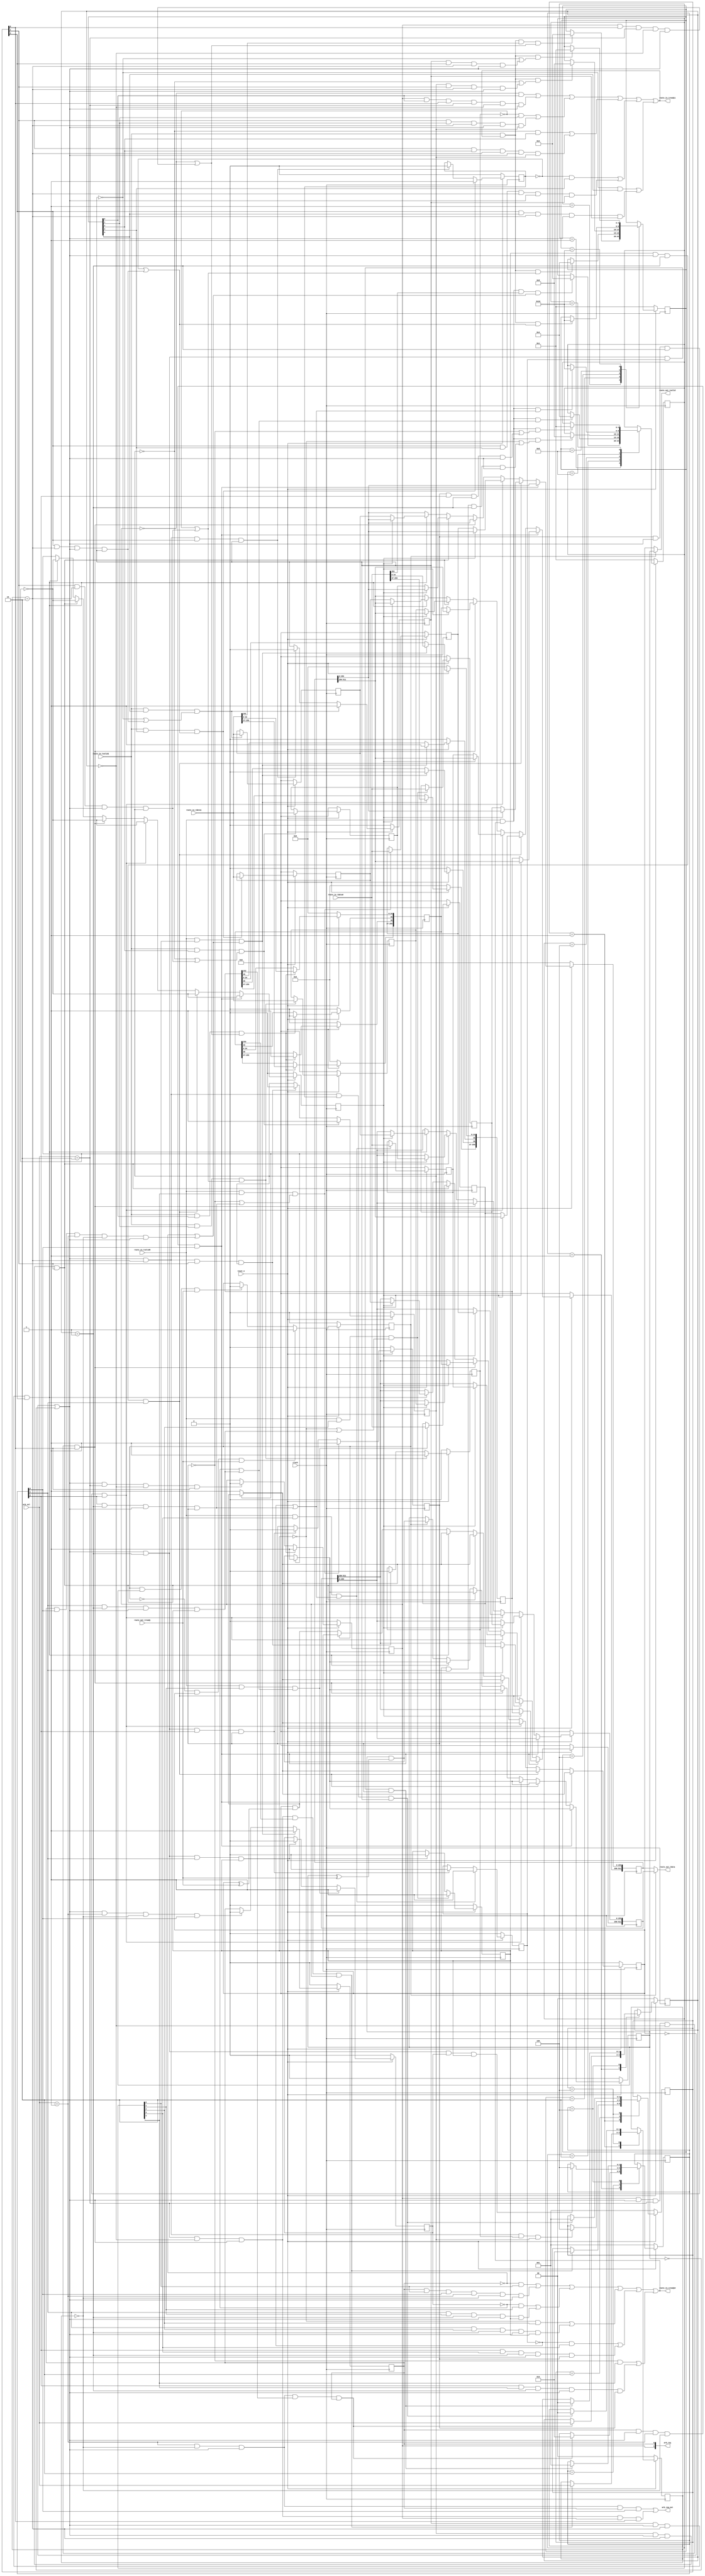
// This program was cloned from: https://github.com/OpenCAPI/ThymesisFlow
// License: Apache License 2.0

// *!***************************************************************************
// *! Copyright 2019 International Business Machines
// *!
// *! Licensed under the Apache License, Version 2.0 (the "License");
// *! you may not use this file except in compliance with the License.
// *! You may obtain a copy of the License at
// *! http://www.apache.org/licenses/LICENSE-2.0 
// *!
// *! The patent license granted to you in Section 3 of the License, as applied
// *! to the "Work," hereby includes implementations of the Work in physical form.  
// *!
// *! Unless required by applicable law or agreed to in writing, the reference design
// *! distributed under the License is distributed on an "AS IS" BASIS,
// *! WITHOUT WARRANTIES OR CONDITIONS OF ANY KIND, either express or implied.
// *! See the License for the specific language governing permissions and
// *! limitations under the License.
// *! 
// *! The background Specification upon which this is based is managed by and available from
// *! the OpenCAPI Consortium.  More information can be found at https://opencapi.org. 
// *!***************************************************************************
// Module designer: Dimitris Syrivelis
// Backup: Christian Pinto, Michele Gazzetti

`timescale 1ns / 10ps
// ==============================================================================================================================
// @@@  Module Declaration
// ==============================================================================================================================

module thymesisflow_32B_64B_routing_memory_ingress (

    input              clock                   // Clock - samples & launches data on rising edge
  , input              reset_n                //  Active Low

  // fifo_in AXI-STREAM 
  , input  [255:0]     route_in_tdata0   
  , input              route_in_tvalid0        
  , output             route_in_tready0

  // fifo_in AXI-STREAM
  , input  [255:0]     route_in_tdata1
  , input              route_in_tvalid1    
  , output             route_in_tready1

  // fifo_out Interface
  , output  [511:0]     route_out_tdata
  , output              route_out_tvalid
  , input               route_out_tready
 
  // Round robin arbiter interface
  , output    [1:0]     arb_req
  , output              arb_req_nxt
  , input     [1:0]     arb_sel                       
 
);


`define OCX_FLIT_NETID        40:35
`define OCX_FLIT_RESP_CREDS   34:27 //RET CREDS piggybacked to RESP flit

// first stage registers
reg [255:0] cmdflit0_q;
reg         cmdflit0_vld;

reg [255:0] dataflit00h_q;
reg         dataflit00h_vld;

reg [255:0] dataflit00l_q;
reg         dataflit00l_vld;

reg [255:0] dataflit01h_q;
reg         dataflit01h_vld;

reg [255:0] dataflit01l_q;
reg         dataflit01l_vld;

reg [255:0] cmdflit1_q;
reg         cmdflit1_vld;

reg [255:0] dataflit10h_q;
reg         dataflit10h_vld;

reg [255:0] dataflit10l_q;
reg         dataflit10l_vld;

reg [255:0] dataflit11h_q;
reg         dataflit11h_vld;

reg [255:0] dataflit11l_q;
reg         dataflit11l_vld;

//Second stage output  registers (ping pong buffer) 
reg [511:0] outdata_ping;
reg         outdata_ping_vld;

reg [511:0] outdata_pong;
reg         outdata_pong_vld;

reg         ping_pong_w; //write ping pong buffer turn
reg         ping_pong_r; //read ping pong buffer turn

wire ping_pong_ready;


parameter PORT0 = 2'b01;
parameter PORT1 = 2'b10;

//first stage state machines
parameter PORT_CMD      = 5'b00001;
parameter PORT_DATA0_H  = 5'b00010;
parameter PORT_DATA0_L  = 5'b00100;
parameter PORT_DATA1_H  = 5'b01000;
parameter PORT_DATA1_L  = 5'b10000;

reg [4:0] portin0_sm;
reg [4:0] portin1_sm;


//second stage (output) opecapi protocol state machines
wire   is_writecmd0_in;
assign is_writecmd0_in = route_in_tdata0[253];

wire   is_writecmd1_in;
assign is_writecmd1_in = route_in_tdata1[253];

reg [2:0] port0_sm;
reg [2:0] port1_sm;

parameter CMD       = 3'b001;
parameter DFLIT0    = 3'b010;
parameter DFLIT1    = 3'b100;

//output port handling
wire [1:0]  outportid_cmd;
reg  [1:0]  outportid_data0;
reg  [1:0]  outportid_data1;


//Ready signals below 
assign route_in_tready0 =  (   ((cmdflit0_vld == 1'b0) && (portin0_sm[0] == 1'b1)) || //Either destination is empty OR 2nd stage is pushing out previous entry in this cycle.
                               ((cmdflit0_vld == 1'b1) && (portin0_sm[0] == 1'b1) && (port0_sm[0] == 1'b1) && (outportid_cmd == PORT0) && (outportid_data1 == 2'b00) && (ping_pong_ready == 1'b1))
                           )
                             ||
                           (   ((dataflit00h_vld == 1'b0) && (portin0_sm[1] == 1'b1))|| //Either we have place for it OR we are pushing out previous entry in this cycle.
                               ((port0_sm[1] == 1'b1) && (portin0_sm[1] == 1'b1) && (outportid_data0 == PORT0) && (ping_pong_ready == 1'b1) && (dataflit00l_vld == 1'b1))
                           )
                             ||
                           (   ((dataflit00l_vld == 1'b0) && (portin0_sm[2] == 1'b1)) || //Either we have place for it OR we are pushing out previous entry in this cycle.
                               ((port0_sm[1] == 1'b1) && (portin0_sm[2] == 1'b1) && (outportid_data0 == PORT0) && (ping_pong_ready == 1'b1) && (dataflit00l_vld == 1'b1))
                           )
                             ||
                           (   ((dataflit01h_vld == 1'b0) && (portin0_sm[3] == 1'b1)) || //Either we have place for it OR we are pushing out previous entry in this cycle.
                               ((port0_sm[2] == 1'b1) && (portin0_sm[3] == 1'b1) && (outportid_data0 == PORT0) && (ping_pong_ready == 1'b1) && (dataflit01l_vld == 1'b1))
                           )
                             ||
                           (   ((dataflit01l_vld == 1'b0) && (portin0_sm[4] == 1'b1))  || //Either we have place for it OR we are pushing out previous entry in this cycle.
                               ((port0_sm[2] == 1'b1) && (portin0_sm[4] == 1'b1) && (outportid_data0 == PORT0) && (ping_pong_ready == 1'b1) && (dataflit01l_vld == 1'b1))
                           );
                           
 
assign route_in_tready1 =  (   ((cmdflit1_vld == 1'b0) && (portin1_sm[0] == 1'b1)) || //Either destination is empty OR 2nd stage is pushing out previous entry in this cycle
                               ((cmdflit1_vld == 1'b1)  && (portin1_sm[0] == 1'b1) && (port1_sm[0] == 1'b1) && (outportid_cmd == PORT1) && (outportid_data0 == 2'b00) && (ping_pong_ready == 1'b1))
                           )
                             ||
                           (   ((dataflit10h_vld == 1'b0) && (portin1_sm[1] == 1'b1)) || //Either we have place for it OR we are pushing out previous entry in this cycle.
                               ((port1_sm[1] == 1'b1) && (portin1_sm[1] == 1'b1) && (outportid_data1 == PORT1) && (ping_pong_ready == 1'b1) && (dataflit10l_vld == 1'b1))
                           )
                             ||
                           (   ((dataflit10l_vld == 1'b0) && (portin1_sm[2] == 1'b1)) || //Either we have place for it OR we are pushing out previous entry in this cycle.
                               ((port1_sm[1] == 1'b1) && (portin1_sm[2] == 1'b1) && (outportid_data1 == PORT1) && (ping_pong_ready == 1'b1) && (dataflit10l_vld == 1'b1))
                           )
                             ||
                           (   ((dataflit11h_vld == 1'b0) && (portin1_sm[3] == 1'b1)) || //Either we have place for it OR we are pushing out previous entry in this cycle.
                               ((port1_sm[2] == 1'b1) && (portin1_sm[3] == 1'b1) && (outportid_data1 == PORT1) && (ping_pong_ready == 1'b1) && (dataflit11l_vld == 1'b1))
                           )
                             ||
                           (   ((dataflit11l_vld == 1'b0) && (portin1_sm[4] == 1'b1)) || //Either we have place for it OR we are pushing out previous entry in this cycle.
                               ((port1_sm[2] == 1'b1) && (portin1_sm[4] == 1'b1) && (outportid_data1 == PORT1) && (ping_pong_ready == 1'b1) && (dataflit11l_vld == 1'b1))
                           );
                           
 
//OpenCAPI protocol State machine for port0 input. 
always @(posedge(clock))
begin
   if (reset_n == 1'b0)
    begin
      portin0_sm        <= PORT_CMD;
    end
   else
    case (portin0_sm)
       PORT_CMD:
            begin
              if ((route_in_tvalid0 == 1'b1) && (route_in_tready0 == 1'b1) && 
                    (is_writecmd0_in == 1'b1) && //Data write transaction in
                    ( (cmdflit0_vld == 1'b0) || //Either we have place for it OR 2nd stage is pushing out previous entry in this cycle
                      ((cmdflit0_vld == 1'b1) && (port0_sm[0] == 1'b1) && (outportid_cmd == PORT0) && (outportid_data1 == 2'b00) && (ping_pong_ready == 1'b1)) 
                    )
                 )
                 begin
                   portin0_sm      <= PORT_DATA0_H;
                 end
            end
        PORT_DATA0_H:
            begin
              if ((route_in_tvalid0 == 1'b1) && (route_in_tready0 == 1'b1) && 
                    ( (dataflit00h_vld == 1'b0) || //Either we have place for it OR we are pushing out previous entry in this cycle.
                      ((port0_sm[1] == 1'b1) && (outportid_data0 == PORT0) && (ping_pong_ready == 1'b1) && (dataflit00l_vld == 1'b1))
                    )
                 )
                 begin        
                   portin0_sm  <= PORT_DATA0_L;
                 end
            end
        PORT_DATA0_L:
            begin
              if ((route_in_tvalid0 == 1'b1) && (route_in_tready0 == 1'b1) && 
                    ( (dataflit00l_vld == 1'b0) || //Either we have place for it OR we are pushing out previous entry in this cycle.
                      ((dataflit00l_vld == 1'b1) && (port0_sm[1] == 1'b1) && (outportid_data0 == PORT0) && (ping_pong_ready == 1'b1))              
                    )
                 )
                 begin        
                   portin0_sm  <= PORT_DATA1_H;
                 end
            end
        PORT_DATA1_H:
            begin
              if ((route_in_tvalid0 == 1'b1) && (route_in_tready0 == 1'b1) && 
                    ( (dataflit01h_vld == 1'b0) || //Either we have place for it OR we are pushing out previous entry in this cycle.
                      ((port0_sm[2] == 1'b1) && (outportid_data0 == PORT0) && (ping_pong_ready == 1'b1) && (dataflit01l_vld == 1'b1))
                    )
                 ) 
                 begin             
                   portin0_sm  <= PORT_DATA1_L;
                 end
            end
        PORT_DATA1_L:
            begin
              if ((route_in_tvalid0 == 1'b1) && (route_in_tready0 == 1'b1) && 
                    ( (dataflit01l_vld == 1'b0) || //Either we have place for it OR we are pushing out previous entry in this cycle.
                      ((dataflit01l_vld == 1'b1) && (port0_sm[2] == 1'b1) && (outportid_data0 == PORT0) && (ping_pong_ready == 1'b1))              
                    )
                 )
                 begin        
                   portin0_sm      <= PORT_CMD;
                 end 
            end
    endcase
end

//1st stage register loading
//load cmdflit0_q 
always @(posedge(clock)) 
begin
   if (reset_n == 1'b0)
     begin
       cmdflit0_q   <= 256'b0;
       cmdflit0_vld <= 1'b0;
     end
   else if ((route_in_tvalid0 == 1'b1) && (portin0_sm[0] == 1'b1) && 
        ((cmdflit0_vld == 1'b0) || //Either destination is empty OR 2nd stage is pushing out previous entry in this cycle
            ((cmdflit0_vld == 1'b1) && (port0_sm[0] == 1'b1) && (outportid_cmd == PORT0) && (outportid_data1 == 2'b00) && (ping_pong_ready == 1'b1))
        )
      )
    begin
        cmdflit0_q[255:37]           <= route_in_tdata0[255:37];
        //set the arriving interface as the command port [36:35]=01 - it will be used by the egress path for the response.  
        cmdflit0_q[36]               <= 1'b0;  
        cmdflit0_q[35]               <= 1'b1;
        cmdflit0_q[34:0]             <= route_in_tdata0[34:0];
        cmdflit0_vld                 <= 1'b1;
    end
   else if ((ping_pong_ready == 1'b1) && (outportid_cmd == PORT0) && (outportid_data1 == 2'b00) && (port0_sm[0] == 1'b1)) //the cmd is received
    begin
        cmdflit0_vld                 <= 1'b0; 
    end
end

//dataflit00h
always @(posedge(clock)) 
begin
   if (reset_n == 1'b0)
     begin
      dataflit00h_q   <= 256'b0;
      dataflit00h_vld <= 1'b0;
     end
  else  if ((route_in_tvalid0 == 1'b1)  && (portin0_sm[1] == 1'b1) &&
        ( (dataflit00h_vld == 1'b0) || //Either we have place for it OR we are pushing out previous entry in this cycle.
          (
             (port0_sm[1] == 1'b1) && (outportid_data0 == PORT0) && (ping_pong_ready == 1'b1) && (dataflit00l_vld == 1'b1)
          )
        )
       )
     begin
        dataflit00h_q   <= route_in_tdata0;
        dataflit00h_vld <= 1'b1;
     end
   else if ((ping_pong_ready == 1'b1) && (outportid_data0 == PORT0) && (port0_sm[1] == 1'b1) 
                                                              && (dataflit00l_vld == 1'b1)) //the flit is getting consumed in this cycle
     begin
        dataflit00h_vld <= 1'b0; 
     end
end

//dataflit00l
always @(posedge(clock)) 
begin
   if (reset_n == 1'b0)
     begin
      dataflit00l_q   <= 256'b0;
      dataflit00l_vld <= 1'b0;
     end
    else if ((route_in_tvalid0 == 1'b1) && (portin0_sm[2] == 1'b1) &&
        ( (dataflit00l_vld == 1'b0) || //Either we have place for it OR we are pushing out previous entry in this cycle.
          (
             (port0_sm[1] == 1'b1) && (outportid_data0 == PORT0) && (ping_pong_ready == 1'b1) && (dataflit00l_vld == 1'b1)
          )
        )
       )
     begin
        dataflit00l_q   <= route_in_tdata0;
        dataflit00l_vld <= 1'b1;
     end
   else if ((ping_pong_ready == 1'b1) && (outportid_data0 == PORT0) && (port0_sm[1] == 1'b1) 
                                                              && (dataflit00l_vld == 1'b1)) //the flit is getting consumed in this cycle
     begin
        dataflit00l_vld <= 1'b0; 
     end
end

//dataflit01h
always @(posedge(clock)) 
begin
   if (reset_n == 1'b0)
     begin
       dataflit01h_q   <= 256'b0;
       dataflit01h_vld <= 1'b0;
     end
    else if ((route_in_tvalid0 == 1'b1) && (portin0_sm[3] == 1'b1) &&
        ( (dataflit01h_vld == 1'b0) || //Either we have place for it OR we are pushing out previous entry in this cycle.
          (
             (port0_sm[2] == 1'b1) && (outportid_data0 == PORT0) && (ping_pong_ready == 1'b1) && (dataflit01l_vld == 1'b1)
          )
        )
       )
     begin
        dataflit01h_q   <= route_in_tdata0;
        dataflit01h_vld <= 1'b1;
     end
   else if ((ping_pong_ready == 1'b1) && (outportid_data0 == PORT0) && (port0_sm[2] == 1'b1) 
                                                              && (dataflit01l_vld == 1'b1)) //the flit is getting consumed in this cycle
     begin
        dataflit01h_vld <= 1'b0; 
     end
end

//dataflit01l
always @(posedge(clock)) 
begin
    if (reset_n == 1'b0)
      begin
        dataflit01l_q   <= 256'b0;
        dataflit01l_vld <= 1'b0;
      end
    else if ((route_in_tvalid0 == 1'b1) && (portin0_sm[4] == 1'b1) && 
             ((dataflit01l_vld == 1'b0) || //Either we have place for it OR we are pushing out previous entry in this cycle.
              (
               (port0_sm[2] == 1'b1) && (outportid_data0 == PORT0) && (ping_pong_ready == 1'b1) && (dataflit01l_vld == 1'b1)
              )
             )
            )
     begin
        dataflit01l_q   <= route_in_tdata0;
        dataflit01l_vld <= 1'b1;
     end
   else if ((ping_pong_ready == 1'b1) && (outportid_data0 == PORT0) && (port0_sm[2] == 1'b1) && (dataflit01l_vld == 1'b1)) //the flit is getting consumed in this cycle
     begin
        dataflit01l_vld <= 1'b0; 
     end
end


//OpenCAPI protocol State machine for port1 input. 
always @(posedge(clock))
begin
   if (reset_n == 1'b0)
    begin
      portin1_sm        <= PORT_CMD;
    end
   else
    case (portin1_sm)
       PORT_CMD:
            begin
              if ((route_in_tvalid1 == 1'b1) && (route_in_tready1 == 1'b1) &&  
                    (is_writecmd1_in == 1'b1) && //Data write transaction in
                    ( (cmdflit1_vld == 1'b0) || //Either we have place for it OR 2nd stage is pushing out previous entry in this cycle
                      ((cmdflit1_vld == 1'b1) && (port1_sm[0] == 1'b1) && (outportid_cmd == PORT1) && (outportid_data0 == 2'b00) && (ping_pong_ready == 1'b1)) 
                    )
                 )
                 begin
                   portin1_sm      <= PORT_DATA0_H;  
                 end
            end
        PORT_DATA0_H:
            begin
              if ((route_in_tvalid1 == 1'b1) && (route_in_tready1 == 1'b1) && 
                    ( (dataflit10h_vld == 1'b0) || //Either we have place for it OR we are pushing out previous entry in this cycle.
                      (
                        (port1_sm[1] == 1'b1) && (outportid_data1 == PORT1) && (ping_pong_ready == 1'b1) && (dataflit10l_vld == 1'b1) 
                      )
                    )
                 )
                 begin        
                   portin1_sm  <= PORT_DATA0_L;
                 end
            end
        PORT_DATA0_L:
            begin
              if ((route_in_tvalid1 == 1'b1) && (route_in_tready1 == 1'b1) && 
                    ( (dataflit10l_vld == 1'b0) || //Either we have place for it OR we are pushing out previous entry in this cycle.
                      ((dataflit10l_vld == 1'b1) && (port1_sm[1] == 1'b1) && (outportid_data1 == PORT1) && (ping_pong_ready == 1'b1))              
                    )
                 )
                 begin        
                   portin1_sm  <= PORT_DATA1_H;
                 end
            end
        PORT_DATA1_H:
            begin
              if ((route_in_tvalid1 == 1'b1) && (route_in_tready1 == 1'b1) && 
                    ( (dataflit11h_vld == 1'b0) || //Either we have place for it OR we are pushing out previous entry in this cycle.
                      (
                        (port1_sm[2] == 1'b1) && (outportid_data1 == PORT1) && (ping_pong_ready == 1'b1) && (dataflit11l_vld == 1'b1) 
                      )
                    )
                 ) 
                 begin             
                   portin1_sm  <= PORT_DATA1_L;
                 end
            end
        PORT_DATA1_L:
            begin
              if ((route_in_tvalid1 == 1'b1) && (route_in_tready1 == 1'b1) && 
                    ( (dataflit11l_vld == 1'b0) || //Either we have place for it OR we are pushing out previous entry in this cycle.
                      ((dataflit11l_vld == 1'b1) && (port1_sm[2] == 1'b1) && (outportid_data1 == PORT1) && (ping_pong_ready == 1'b1))              
                    )
                 )
                 begin        
                   portin1_sm  <= PORT_CMD; 
                 end 
            end
    endcase
end

//load cmdflit1_q 
always @(posedge(clock)) 
begin
   if (reset_n == 1'b0)
     begin
        cmdflit1_q   <= 256'b0;
        cmdflit1_vld <= 1'b0;
     end
    else if ((route_in_tvalid1 == 1'b1) && (portin1_sm[0] == 1'b1) && 
        ((cmdflit1_vld == 1'b0) || //Either destination is empty OR 2nd stage is pushing out previous entry in this cycle
                    ((cmdflit1_vld == 1'b1) && (port1_sm[0] == 1'b1) && (outportid_cmd == PORT1) && (outportid_data0 == 2'b00) && (ping_pong_ready == 1'b1))
        )
      )
    begin
        cmdflit1_q[255:37]           <= route_in_tdata1[255:37];
        //set the arriving interface as the command port [36,35] = 10 - it will be used by the egress path for the response.  
        cmdflit1_q[36]               <= 1'b1;
        cmdflit1_q[35]               <= 1'b0;
        cmdflit1_q[34:0]             <= route_in_tdata1[34:0];
        cmdflit1_vld                 <= 1'b1;
    end
   else if ((ping_pong_ready == 1'b1) && (outportid_cmd == PORT1) && (outportid_data0 == 2'b00) && (port1_sm[0] == 1'b1)) //the cmd is received
    begin
        cmdflit1_vld                 <= 1'b0; 
    end
end

//load dataflit10h
always @(posedge(clock)) 
begin
   if (reset_n == 1'b0)
     begin
       dataflit10h_q   <= 256'b0;
       dataflit10h_vld <= 1'b0;
     end
   else if ((route_in_tvalid1 == 1'b1) && (portin1_sm[1] == 1'b1) && 
        ( (dataflit10h_vld == 1'b0) || //Either we have place for it OR we are pushing out previous entry in this cycle.
          (
             (port1_sm[1] == 1'b1) && (outportid_data1 == PORT1) && (ping_pong_ready == 1'b1) && (dataflit10l_vld == 1'b1)
          )
        )
       )
     begin
        dataflit10h_q   <= route_in_tdata1;
        dataflit10h_vld <= 1'b1;
     end
   else if ((ping_pong_ready == 1'b1) && (outportid_data1 == PORT1) && (port1_sm[1] == 1'b1) && (dataflit10l_vld == 1'b1)) //the flit is getting consumed in this cycle
     begin
        dataflit10h_vld <= 1'b0; 
     end
end

//load dataflit10l
always @(posedge(clock)) 
begin
    if (reset_n == 1'b0)
      begin
        dataflit10l_q   <= 256'b0;
        dataflit10l_vld <= 1'b0;
      end
    else if ((route_in_tvalid1 == 1'b1) && (portin1_sm[2] == 1'b1) && 
        ( (dataflit10l_vld == 1'b0) || //Either we have place for it OR we are pushing out previous entry in this cycle.
          (
             (port1_sm[1] == 1'b1) && (outportid_data1 == PORT1) && (ping_pong_ready == 1'b1) && (dataflit10l_vld == 1'b1)
          )
        )
       )
     begin
        dataflit10l_q   <= route_in_tdata1;
        dataflit10l_vld <= 1'b1;
     end
   else if ((ping_pong_ready == 1'b1) && (outportid_data1 == PORT1) && (port1_sm[1] == 1'b1) && (dataflit10l_vld == 1'b1)) //the flit is getting consumed in this cycle
     begin
        dataflit10l_vld <= 1'b0; 
     end
end

//load dataflit11h
always @(posedge(clock)) 
begin
    if (reset_n == 1'b0)
       begin
          dataflit11h_q   <= 256'b0;
          dataflit11h_vld <= 1'b0;
       end
    else if ((route_in_tvalid1 == 1'b1) && (portin1_sm[3] == 1'b1) && 
        ( (dataflit11h_vld == 1'b0) || //Either we have place for it OR we are pushing out previous entry in this cycle.
          (
             (port1_sm[2] == 1'b1) && (outportid_data1 == PORT1) && (ping_pong_ready == 1'b1) && (dataflit11l_vld == 1'b1)
          )
        )
       )
     begin
        dataflit11h_q   <= route_in_tdata1;
        dataflit11h_vld <= 1'b1;
     end
   else if ((ping_pong_ready == 1'b1) && (outportid_data1 == PORT1) && (port1_sm[2] == 1'b1) && (dataflit11l_vld == 1'b1)) //the flit is getting consumed in this cycle
     begin
        dataflit11h_vld <= 1'b0; 
     end
end

//load dataflit11l
always @(posedge(clock)) 
begin
    if (reset_n == 1'b0)
      begin
        dataflit11l_q   <= 256'b0;
        dataflit11l_vld <= 1'b0;
      end
    else if ((route_in_tvalid1 == 1'b1) && (portin1_sm[4] == 1'b1) && 
        ( (dataflit11l_vld == 1'b0) || //Either we have place for it OR we are pushing out previous entry in this cycle.
          (
             (port1_sm[2] == 1'b1) && (outportid_data1 == PORT1) && (ping_pong_ready == 1'b1) && (dataflit11l_vld == 1'b1)
          )
        )
       )
     begin
        dataflit11l_q   <= route_in_tdata1;
        dataflit11l_vld <= 1'b1;
     end
   else if ((ping_pong_ready == 1'b1) && (outportid_data1 == PORT1) && (port1_sm[2] == 1'b1) && (dataflit11l_vld == 1'b1)) //the flit is getting consumed in this cycle
     begin
        dataflit11l_vld <= 1'b0; 
     end
end


//####################################################################################################
// Arbitration functionality
//####################################################################################################

/**
  *  Control arbiter request valid (i.e. when arbiter should deliver a decision). 
  *  The arbiter has memory (i.e. remembers what it has previously scheduled so it can avoid starvation) so it should
  *  not be updated when a decision is not needed, as this tampers with the internal state and will affect RR operation.
  *  Arbiter logic receives request vector and responds at the same cycle with a selection (combinational logic). 
  * 
  **/

//Assign to RR arbiter the input request vector
assign arb_req     = {cmdflit1_vld, cmdflit0_vld};
//Assign the request valid to RR arbiter
assign arb_req_nxt = ((outportid_cmd == PORT0)  && (outportid_data1 == 2'b00) && (ping_pong_ready == 1'b1) && (cmdflit0_vld == 1'b1) && (port0_sm[0] == 1'b1)) || 
                     ((outportid_cmd == PORT1)  && (outportid_data0 == 2'b00) && (ping_pong_ready == 1'b1) && (cmdflit1_vld == 1'b1) && (port1_sm[0] == 1'b1)); 

//Output port cmd is a wire as we need the response from the arbiter immediately                  
assign outportid_cmd =  arb_sel; 


//####################################################################################
//PING PONG OUTPUT
//####################################################################################
assign ping_pong_ready = (outdata_ping_vld == 1'b0) || (outdata_pong_vld == 1'b0);


wire   is_writecmd0;
assign is_writecmd0 = cmdflit0_q[253];

wire   is_writecmd1;
assign is_writecmd1 = cmdflit1_q[253];

//Output OpenCAPI protocol stack state control.

always @(posedge(clock))
begin
   if (reset_n == 1'b0) 
     begin
        port0_sm                  <= CMD;
        outportid_data0           <= 2'b00; //This important to enable the arbiter in the next cycle
     end
   else 
     case(port0_sm)
         CMD: 
             begin
                if ((outportid_cmd == PORT0) && (outportid_data1 == 2'b00) && (ping_pong_ready == 1'b1) && (is_writecmd0 == 1'b1) &&  (cmdflit0_vld == 1'b1))
                 begin
                   port0_sm                  <= DFLIT0; 
                   outportid_data0           <= outportid_cmd; //This important to enable the arbiter in the next cycle
                 end
             end
        DFLIT0:
             begin
               if ((outportid_data0 == PORT0) && (ping_pong_ready == 1'b1) && (dataflit00h_vld == 1'b1) && (dataflit00l_vld == 1'b1))
                   port0_sm                  <= DFLIT1;
             end
        DFLIT1:
             begin
               if ((outportid_data0 == PORT0) && (ping_pong_ready == 1'b1) && (dataflit01h_vld == 1'b1)  && (dataflit01l_vld == 1'b1))
                begin
                   port0_sm                  <= CMD; 
                   outportid_data0           <= 2'b00; //This important to enable the arbiter in the next cycle
                end
             end
     endcase 
end 


always @(posedge(clock))
begin
   if (reset_n == 1'b0)
    begin
      port1_sm        <= PORT_CMD;
      outportid_data1 <= 2'b00;
    end
   else 
     case(port1_sm)
        PORT_CMD: 
             begin
                if ((outportid_cmd == PORT1) && (outportid_data0 == 2'b00) && (ping_pong_ready == 1'b1) && (is_writecmd1 == 1'b1) &&  (cmdflit1_vld == 1'b1))
                 begin
                   port1_sm        <= DFLIT0; 
                   outportid_data1 <= outportid_cmd;
                 end
             end
        DFLIT0:
             begin
               if ((outportid_data1 == PORT1) && (ping_pong_ready == 1'b1) && (dataflit10h_vld == 1'b1) && (dataflit10l_vld == 1'b1))
                   port1_sm        <= DFLIT1;
             end
        DFLIT1:
             begin
               if ((outportid_data1 == PORT1) && (ping_pong_ready == 1'b1) && (dataflit11h_vld == 1'b1)  && (dataflit11l_vld == 1'b1))
                begin
                   port1_sm        <= PORT_CMD; 
                   outportid_data1 <= 2'b00; 
                end
             end
     endcase 
end 

//output ping-pong buffer write turn and valid handling.
always @(posedge(clock))
begin
   if (reset_n == 1'b0) 
      begin
         outdata_ping      <= 512'b0;
         outdata_pong      <= 512'b0; 
         outdata_ping_vld  <=   1'b0;
         outdata_pong_vld  <=   1'b0;
         ping_pong_w       <=   1'b0;
      end
   else if ((cmdflit0_vld == 1'b1) && (ping_pong_ready == 1'b1) && (outportid_cmd == PORT0) &&  (outportid_data1 == 2'b00) && (port0_sm[0] == 1'b1)) //forward port0 cmd
      begin 
         outdata_ping[511:256] <= (ping_pong_w == 1'b0) ? cmdflit0_q    : outdata_ping[511:256];
         outdata_pong[511:256] <= (ping_pong_w == 1'b1) ? cmdflit0_q    : outdata_pong[511:256]; 
         outdata_ping_vld      <= (ping_pong_w == 1'b0) ? 1'b1          : outdata_ping_vld & (outdata_ping_vld ^ route_out_tready); 
         outdata_pong_vld      <= (ping_pong_w == 1'b1) ? 1'b1          : outdata_pong_vld & (outdata_pong_vld ^ route_out_tready); 
         ping_pong_w           <= ~ping_pong_w; //go for the other side next time
      end 
   else if ((dataflit00l_vld == 1'b1) && (ping_pong_ready == 1'b1) && (outportid_data0 == PORT0) && (port0_sm[1] == 1'b1)) //forward DFLIT0
      begin
         outdata_ping[511:256] <= (ping_pong_w == 1'b0) ? dataflit00h_q : outdata_ping[511:256]; //upsizing
         outdata_ping[255:0]   <= (ping_pong_w == 1'b0) ? dataflit00l_q : outdata_ping[255:0];
         outdata_pong[511:256] <= (ping_pong_w == 1'b1) ? dataflit00h_q : outdata_pong[511:256];
         outdata_pong[255:0]   <= (ping_pong_w == 1'b1) ? dataflit00l_q : outdata_pong[255:0];
         outdata_ping_vld      <= (ping_pong_w == 1'b0) ? 1'b1          : outdata_ping_vld & (outdata_ping_vld ^ route_out_tready); 
         outdata_pong_vld      <= (ping_pong_w == 1'b1) ? 1'b1          : outdata_pong_vld & (outdata_pong_vld ^ route_out_tready); 
         ping_pong_w           <= ~ping_pong_w;
      end   
   else if ((dataflit01l_vld == 1'b1) && (ping_pong_ready == 1'b1) && (outportid_data0 == PORT0) && (port0_sm[2] == 1'b1)) //forward DFLIT1
      begin
         outdata_ping[511:256] <= (ping_pong_w == 1'b0) ? dataflit01h_q : outdata_ping[511:256];
         outdata_ping[255:0]   <= (ping_pong_w == 1'b0) ? dataflit01l_q : outdata_ping[255:0];
         outdata_pong[511:256] <= (ping_pong_w == 1'b1) ? dataflit01h_q : outdata_pong[511:256];
         outdata_pong[255:0]   <= (ping_pong_w == 1'b1) ? dataflit01l_q : outdata_pong[255:0];
         outdata_ping_vld      <= (ping_pong_w == 1'b0) ? 1'b1          : outdata_ping_vld & (outdata_ping_vld ^ route_out_tready); 
         outdata_pong_vld      <= (ping_pong_w == 1'b1) ? 1'b1          : outdata_pong_vld & (outdata_pong_vld ^ route_out_tready); 
         ping_pong_w           <= ~ping_pong_w;
      end   
   else if ((cmdflit1_vld == 1'b1) && (ping_pong_ready == 1'b1) && (outportid_cmd == PORT1) && (outportid_data0 == 2'b00) && (port1_sm[0] == 1'b1)) //forward port1 cmd
      begin 
         outdata_ping[511:256] <= (ping_pong_w == 1'b0) ? cmdflit1_q    : outdata_ping[511:256];
         outdata_pong[511:256] <= (ping_pong_w == 1'b1) ? cmdflit1_q    : outdata_pong[511:256]; 
         outdata_ping_vld      <= (ping_pong_w == 1'b0) ? 1'b1          : outdata_ping_vld & (outdata_ping_vld ^ route_out_tready); 
         outdata_pong_vld      <= (ping_pong_w == 1'b1) ? 1'b1          : outdata_pong_vld & (outdata_pong_vld ^ route_out_tready); 
         ping_pong_w           <= ~ping_pong_w;
      end 
   else if ((dataflit10l_vld == 1'b1) && (ping_pong_ready == 1'b1) && (outportid_data1 == PORT1) && (port1_sm[1] == 1'b1)) //forward DFLIT0
      begin
         outdata_ping[511:256] <= (ping_pong_w == 1'b0) ? dataflit10h_q : outdata_ping[511:256];
         outdata_ping[255:0]   <= (ping_pong_w == 1'b0) ? dataflit10l_q : outdata_ping[255:0];
         outdata_pong[511:256] <= (ping_pong_w == 1'b1) ? dataflit10h_q : outdata_pong[511:256];
         outdata_pong[255:0]   <= (ping_pong_w == 1'b1) ? dataflit10l_q : outdata_pong[255:0];
         outdata_ping_vld      <= (ping_pong_w == 1'b0) ? 1'b1          : outdata_ping_vld & (outdata_ping_vld ^ route_out_tready); 
         outdata_pong_vld      <= (ping_pong_w == 1'b1) ? 1'b1          : outdata_pong_vld & (outdata_pong_vld ^ route_out_tready); 
         ping_pong_w           <= ~ping_pong_w;
      end   
   else if ((dataflit11l_vld == 1'b1) && (ping_pong_ready == 1'b1) && (outportid_data1 == PORT1) && (port1_sm[2] == 1'b1)) //forward DFLIT1
      begin
         outdata_ping[511:256] <= (ping_pong_w == 1'b0) ? dataflit11h_q : outdata_ping[511:256];
         outdata_ping[255:0]   <= (ping_pong_w == 1'b0) ? dataflit11l_q : outdata_ping[255:0];
         outdata_pong[511:256] <= (ping_pong_w == 1'b1) ? dataflit11h_q : outdata_pong[511:256];
         outdata_pong[255:0]   <= (ping_pong_w == 1'b1) ? dataflit11l_q : outdata_pong[255:0];
         outdata_ping_vld      <= (ping_pong_w == 1'b0) ? 1'b1          : outdata_ping_vld & (outdata_ping_vld ^ route_out_tready); 
         outdata_pong_vld      <= (ping_pong_w == 1'b1) ? 1'b1          : outdata_pong_vld & (outdata_pong_vld ^ route_out_tready); 
         ping_pong_w           <= ~ping_pong_w;
      end   
   else 
      begin //nothing in this cycle but we may have to invalidate valids
         outdata_ping_vld      <= (ping_pong_r == 1'b0) ? outdata_ping_vld & (outdata_ping_vld ^ route_out_tready) : outdata_ping_vld;  
         outdata_pong_vld      <= (ping_pong_r == 1'b1) ? outdata_pong_vld & (outdata_pong_vld ^ route_out_tready) : outdata_pong_vld;  
      end
end


//ping pong read 
always @(posedge(clock))
begin
    if (reset_n == 1'b0)
      begin
        ping_pong_r       <= 1'b0;
      end
    else if ((ping_pong_r == 1'b0) && (outdata_ping_vld == 1'b1) && (route_out_tready == 1'b1)) //ping flit is going out.
      begin
        ping_pong_r       <= 1'b1;
      end
    else if  ((ping_pong_r == 1'b1) && (outdata_pong_vld == 1'b1) && (route_out_tready == 1'b1)) //pong flit is going out.
      begin
        ping_pong_r       <= 1'b0;
      end
end

//assign outputs
assign route_out_tdata  = (ping_pong_r == 1'b0) ? outdata_ping      : outdata_pong;
assign route_out_tvalid = (ping_pong_r == 1'b0) ? outdata_ping_vld  : outdata_pong_vld;
  
endmodule